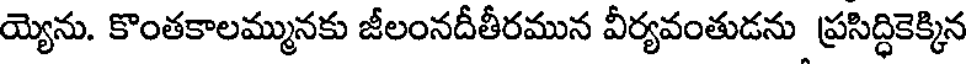
య్యెను. కొంతకాలమ్మునకు జీలంనదీతీరమున వీర్యవంతుడను ప్రసిద్ధికెక్కిన